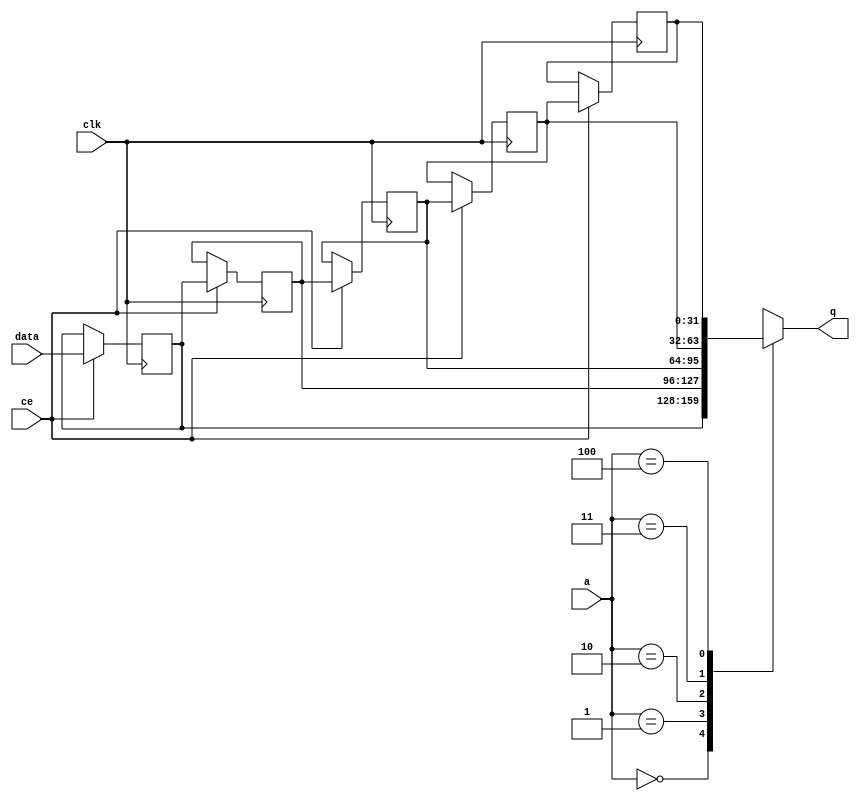
// This program was cloned from: https://github.com/mustafabbas/ECE1373_2016_hft_on_fpga
// License: MIT License

// ==============================================================
// File generated by Vivado(TM) HLS - High-Level Synthesis from C, C++ and SystemC
// Version: 2015.1
// Copyright (C) 2015 Xilinx Inc. All rights reserved.
// 
// ==============================================================


`timescale 1 ns / 1 ps

module FIFO_toe_tx_app_if_txAppIpTupleBuffer_V_ip_addres_shiftReg (
    clk,
    data,
    ce,
    a,
    q);

parameter DATA_WIDTH = 32'd32;
parameter ADDR_WIDTH = 32'd3;
parameter DEPTH = 32'd5;

input clk;
input [DATA_WIDTH-1:0] data;
input ce;
input [ADDR_WIDTH-1:0] a;
output [DATA_WIDTH-1:0] q;

reg[DATA_WIDTH-1:0] SRL_SIG [0:DEPTH-1];
integer i;

always @ (posedge clk)
    begin
        if (ce)
        begin
            for (i=0;i<DEPTH-1;i=i+1)
                SRL_SIG[i+1] <= SRL_SIG[i];
            SRL_SIG[0] <= data;
        end
    end

assign q = SRL_SIG[a];

endmodule

module FIFO_toe_tx_app_if_txAppIpTupleBuffer_V_ip_addres (
    clk,
    reset,
    if_empty_n,
    if_read_ce,
    if_read,
    if_dout,
    if_full_n,
    if_write_ce,
    if_write,
    if_din);

parameter MEM_STYLE = "shiftreg";
parameter DATA_WIDTH = 32'd32;
parameter ADDR_WIDTH = 32'd3;
parameter DEPTH = 32'd5;

input clk;
input reset;
output if_empty_n;
input if_read_ce;
input if_read;
output[DATA_WIDTH - 1:0] if_dout;
output if_full_n;
input if_write_ce;
input if_write;
input[DATA_WIDTH - 1:0] if_din;

wire[ADDR_WIDTH - 1:0] shiftReg_addr ;
wire[DATA_WIDTH - 1:0] shiftReg_data, shiftReg_q;
reg[ADDR_WIDTH:0] mOutPtr = {(ADDR_WIDTH+1){1'b1}};
reg internal_empty_n = 0, internal_full_n = 1;

assign if_empty_n = internal_empty_n;
assign if_full_n = internal_full_n;
assign shiftReg_data = if_din;
assign if_dout = shiftReg_q;

always @ (posedge clk) begin
    if (reset == 1'b1)
    begin
        mOutPtr <= ~{ADDR_WIDTH+1{1'b0}};
        internal_empty_n <= 1'b0;
        internal_full_n <= 1'b1;
    end
    else begin
        if (((if_read & if_read_ce) == 1 & internal_empty_n == 1) && 
            ((if_write & if_write_ce) == 0 | internal_full_n == 0))
        begin
            mOutPtr <= mOutPtr -1;
            if (mOutPtr == 0)
                internal_empty_n <= 1'b0;
            internal_full_n <= 1'b1;
        end 
        else if (((if_read & if_read_ce) == 0 | internal_empty_n == 0) && 
            ((if_write & if_write_ce) == 1 & internal_full_n == 1))
        begin
            mOutPtr <= mOutPtr +1;
            internal_empty_n <= 1'b1;
            if (mOutPtr == DEPTH-2)
                internal_full_n <= 1'b0;
        end 
    end
end

assign shiftReg_addr = mOutPtr[ADDR_WIDTH] == 1'b0 ? mOutPtr[ADDR_WIDTH-1:0]:{ADDR_WIDTH{1'b0}};
assign shiftReg_ce = (if_write & if_write_ce) & internal_full_n;

FIFO_toe_tx_app_if_txAppIpTupleBuffer_V_ip_addres_shiftReg 
#(
    .DATA_WIDTH(DATA_WIDTH),
    .ADDR_WIDTH(ADDR_WIDTH),
    .DEPTH(DEPTH))
U_FIFO_toe_tx_app_if_txAppIpTupleBuffer_V_ip_addres_ram (
    .clk(clk),
    .data(shiftReg_data),
    .ce(shiftReg_ce),
    .a(shiftReg_addr),
    .q(shiftReg_q));

endmodule